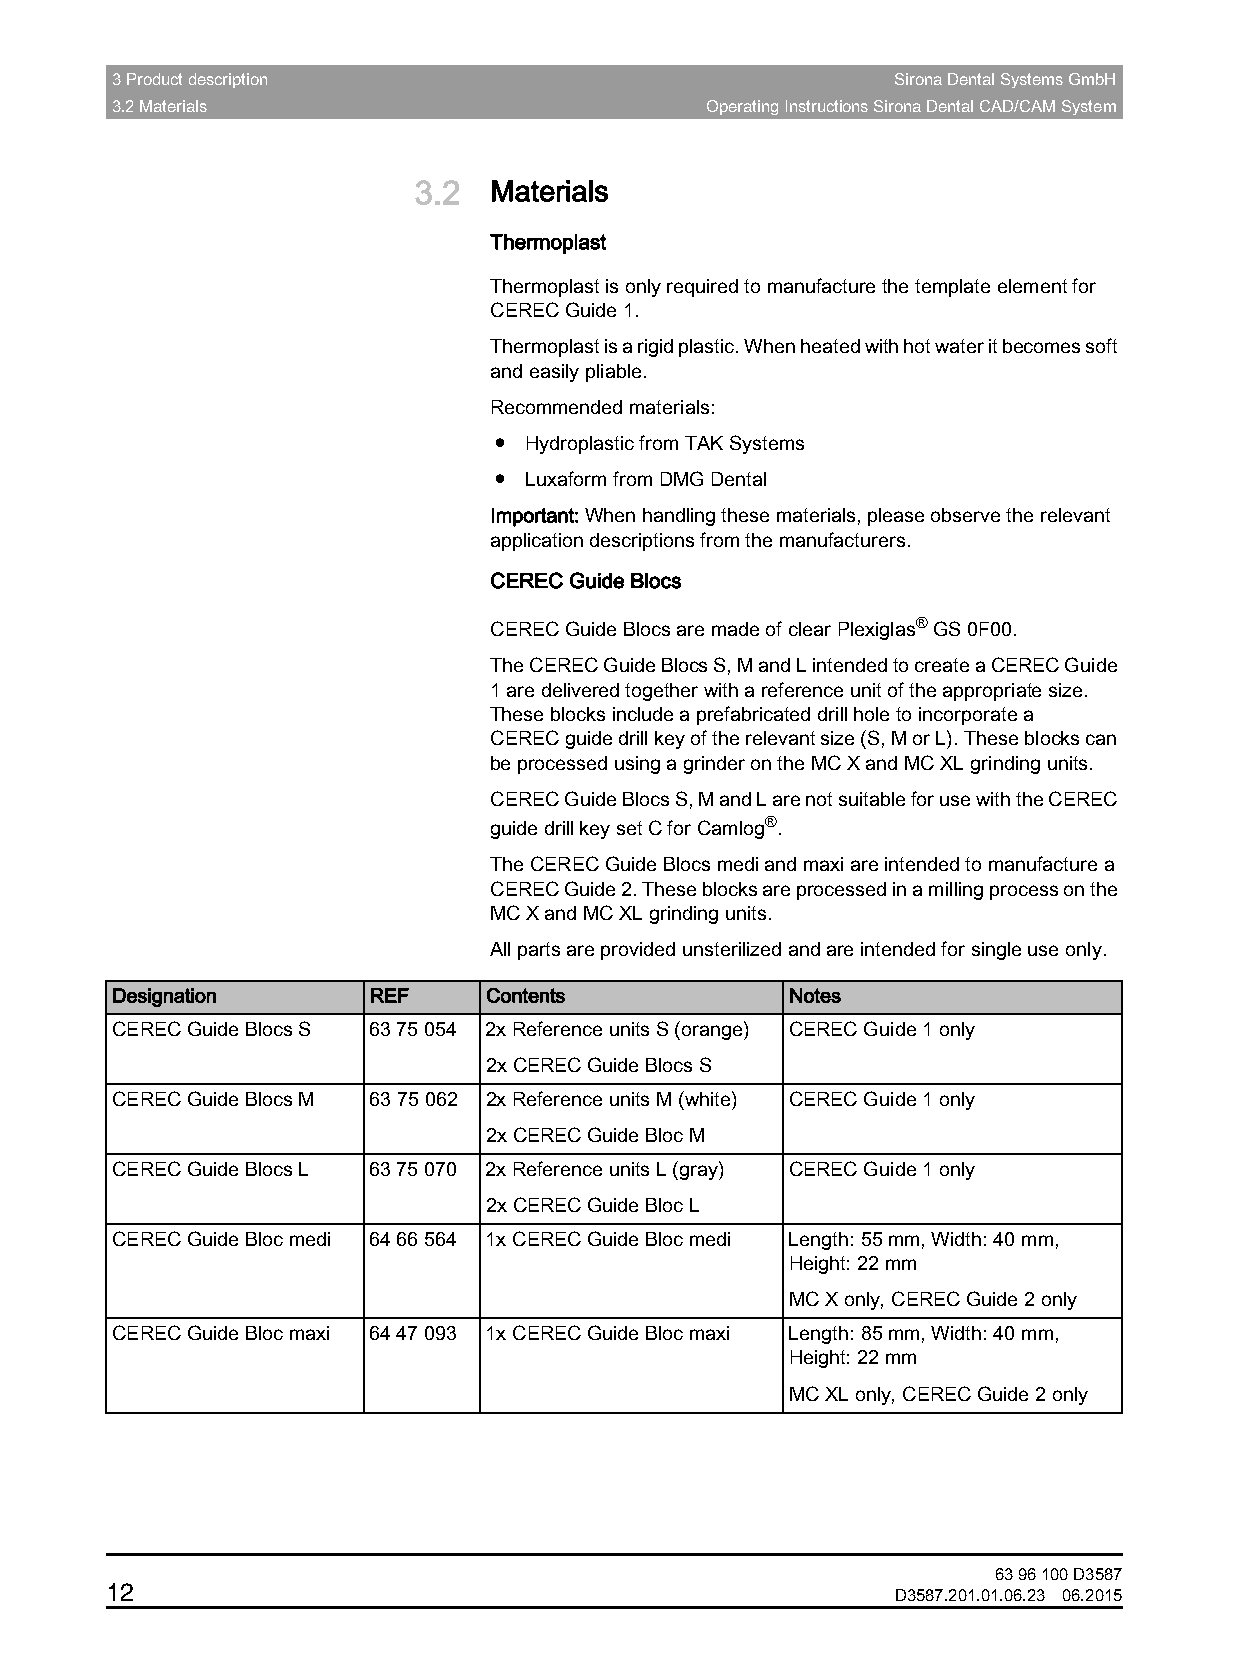
3 Product description                               Sirona Dental Systems GmbH
 3.2 Materials                           Operating Instructions Sirona Dental CAD/CAM System
 3.2  Materials
 TThermohplastermoplast
 Thermoplast is only required to manufacture the template element for
 CEREC Guide 1.
 Thermoplast is a rigid plastic. When heated with hot water it becomes soft
 and easily pliable.
 Recommended materials:
 ● Hydroplastic from TAK Systems
 ● Luxaform from DMG Dental
 Important:When handling these materials, please observe the relevant
 application descriptions from the manufacturers.
 CCEREC EGuide BRlocsEC Guide Blocs
 CEREC Guide Blocs are made of clear Plexiglas® GS 0F00.
 The CEREC Guide Blocs S, M and L intended to create a CEREC Guide
 1 are delivered together with a reference unit of the appropriate size.
 These blocks include a prefabricated drill hole to incorporate a
 CERECguide drillkey of the relevant size (S, M or L). These blocks can
 be processed using a grinder on the MC X and MC XL grinding units.
 CEREC Guide Blocs S, M and L are not suitable for use with the CEREC
 guide drill key set C for Camlog®.
 The CEREC Guide Blocs medi and maxi are intended to manufacture a
 CEREC Guide 2. These blocks are processed in a milling process on the
 MC X and MC XL grinding units.
 All parts are provided unsterilized and are intended for single use only.
 Designation      REF     Contents            Notes
 CEREC Guide Blocs S 63 75 054 2x Reference units S (orange) CEREC Guide 1 only
 2x CEREC Guide Blocs S
 CEREC Guide Blocs M 63 75 062 2x Reference units M (white) CEREC Guide 1 only
 2x CEREC Guide Bloc M
 CEREC Guide Blocs L 63 75 070 2x Reference units L (gray) CEREC Guide 1 only
 2x CEREC Guide Bloc L
 CEREC Guide Bloc medi 64 66 564 1x CEREC Guide Bloc medi Length: 55 mm, Width: 40 mm,
 Height: 22 mm
 MC X only, CEREC Guide 2 only
 CEREC Guide Bloc maxi 64 47 093 1x CEREC Guide Bloc maxi Length: 85 mm, Width: 40 mm,
 Height: 22 mm
 MC XL only, CEREC Guide 2 only
 Reference units
 63 96 100 D3587
 12
 D3587.201.01.06.23 06.2015